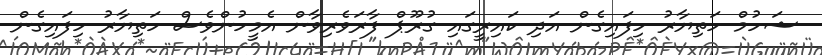
ޝަހުމް ހަތިޔާރު ހިފައިގެން އަދި ކައިރީގައި ގުރޫޕް ފާރަވެރިވާން އެމީހުންވެސް ހަތިޔާރު ހިފައިގެން